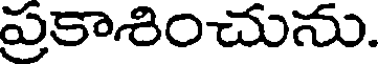
ప్రకాశించును.